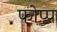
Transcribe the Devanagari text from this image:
फोप्प